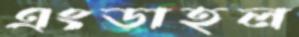
এংডাহল